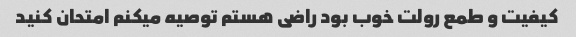
کیفیت و طمع رولت خوب بود راضی هستم توصیه میکنم امتحان کنید